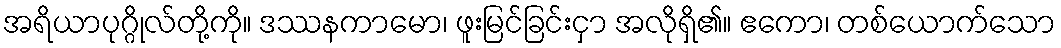
အရိယာပုဂ္ဂိုလ်တို့ကို။ ဒဿနကာမော၊ ဖူးမြင်ခြင်းငှာ အလိုရှိ၏။ ဧကော၊ တစ်ယောက်သော